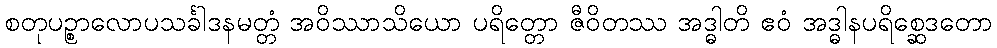
စတုပဉ္စာလောပသင်္ခါဒနမတ္တံ အဝိဿာသိယော ပရိတ္တော ဇီဝိတဿ အဒ္ဓါတိ ဧဝံ အဒ္ဓါနပရိစ္ဆေဒတော